Indian journal of veterinary science and animal husbandry - Volumes 18-21, 1948-1951
Year: 1948
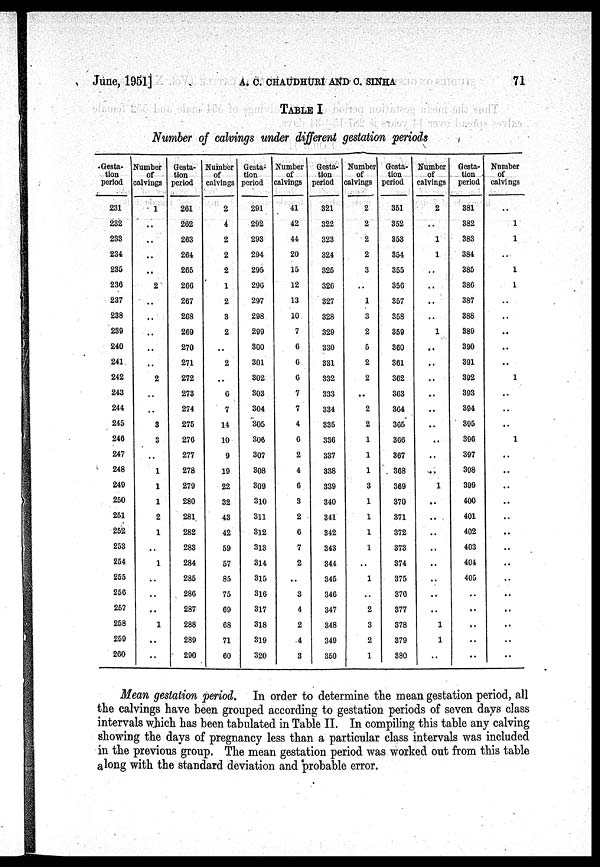
June, l951]
A.
C.
CHAUDHURI
AND
C.
SINHA
71
TABLE I
Number of calvings under different gestation periods
Gesta-
tion
period
231
232
233
234
235
236
237
238
239
240
241
242
243
244
245
246
247
248
249
250
251
252
253
254
255
256
257
258
259
260
Number
of
calvings
1
..
..
..
..
2
..
..
..
..
..
2
..
..
3
3
..
1
1
1
2
1
..
1
..
..
..
1
..
..
Gesta-
tion
period
261
262
263
264
265
266
267
268
269
270
271
272
273
274
275
276
277
278
279
280
281
282
283
284
285
286
287
288
289
290
Number
of
calvings
2
4
2
2
2
1
2
3
2
..
2
..
6
7
14
10
9
19
22
32
43
42
59
57
85
75
69
68
71
60
Gesta-
tion
period
291
292
293
294
295
296
297
298
299
300
301
302
303
304
305
306
307
308
309
310
311
312
313
314
315
316
317
318
319
320
Number
of
calvings
41
42
44
20
15
12
13
10
7
6
6
6
7
7
4
6
2
4
6
3
2
6
7
2
..
3
4
2
4
3
Gesta-
tion
period
321
322
323
324
325
326
327
328
329
330
331
332
333
334
335
336
337
338
339
340
341
342
343
344
345
346
347
348
349
350
Number
of
calvings
2
2
2
2
3
..
1
3
2
5
2
2
..
2
2
1
1
1
3
1
1
1
1
..
1
..
2
3
2
1
Gesta-
tion
period
351
352
353
354
355
356
357
358
359
360
361
362
363
364
365
366
367
368
369
370
371
372
373
374
375
376
377
378
379
380
Number
of
calvings
2
..
1
1
..
..
..
..
1
..
..
..
..
..
..
..
..
..
1
..
..
..
..
..
..
..
..
1
1
..
Gesta-
tion
period
381
382
383
384
385
386
387
388
380
390
391
392
393
394
395
396
397
398
399
400
401
402
403
404
405
..
..
..
..
..
Number
of
calvings
..
1
1
..
1
1
..
..
..
..
..
1
..
..
..
1
..
..
..
..
..
..
..
..
..
..
..
..
..
..
Mean gestation period. In order to determine the mean gestation period, all
the calvings have been grouped according to gestation periods of seven days class
intervals which has been tabulated in Table II. In compiling this table any calving
showing the days of pregnancy less than a particular class intervals was included
in the previous group. The mean gestation period was worked out from this table
along with the standard deviation and probable error.